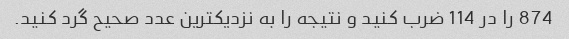
874 را در 114 ضرب کنید و نتیجه را به نزدیکترین عدد صحیح گرد کنید.